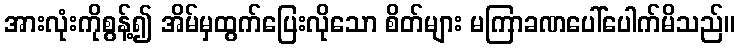
အားလုံးကိုစွန့်၍ အိမ်မှထွက်ပြေးလိုသော စိတ်များ မကြာခဏပေါ်ပေါက်မိသည်။